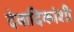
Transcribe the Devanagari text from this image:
देवादिकांशी